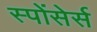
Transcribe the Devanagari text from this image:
स्पोंसेर्स